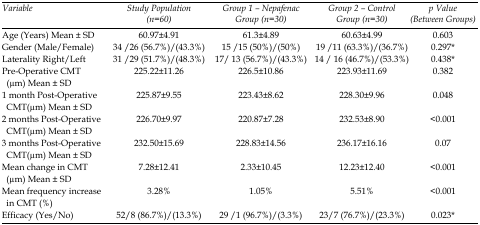
| Variable | Study Population (n=60) | Group 1 – Nepafenac Group (n=30) | Group 2 – Control Group (n=30) | p Value (Between Groups) |
 | --- | --- | --- | --- | --- |
 | Age (Years) Mean ± SD | 60.97±4.91 | 61.3±4.89 | 60.63±4.99 | 0.603 |
 | Gender (Male/Female) | 34 /26 (56.7%)/ (43.3%) | 15 /15 (50%)/ (50%) | 19 /11 (63.3%)/ (36.7%) | 0.297* |
 | Laterality Right/Left | 31 / 29 (51.7%)/(48.3%) | 17/ 13 (56.7%)/(43.3%) | 14 / 16 (46.7%)/(53.3%) | 0.438* |
 | Pre-Operative CMT (μm) Mean ± SD | 225.22±11.26 | 226.5±10.86 | 223.93±11.69 | 0.382 |
 | 1 month Post-Operative CMT(μm) Mean ± SD | 225.87±9.55 | 223.43±8.62 | 228.30±9.96 | 0.048 |
 | 2 months Post-Operative CMT(μm) Mean ± SD | 226.70±9.97 | 220.87±7.28 | 232.53±8.90 | <0.001 |
 | 3 months Post-Operative CMT(μm) Mean ± SD | 232.50±15.69 | 228.83±14.56 | 236.17±16.16 | 0.07 |
 | Mean change in CMT (μm) Mean ± SD | 7.28±12.41 | 2.33±10.45 | 12.23±12.40 | <0.001 |
 | Mean frequency increase in CMT (%) | 3.28% | 1.05% | 5.51% | <0.001 |
 | Efficacy (Yes/No) | 52/8 (86.7%)/ (13.3%) | 29 /1 (96.7%)/ (3.3%) | 23/7 (76.7%)/ (23.3%) | 0.023* |